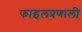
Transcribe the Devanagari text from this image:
फाइलप्रणाली